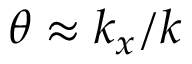
\theta \approx k _ { x } / k